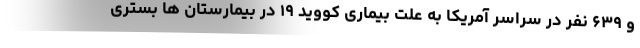
و ۶۳۹ نفر در سراسر آمریکا به علت بیماری کووید ۱۹ در بیمارستان ها بستری